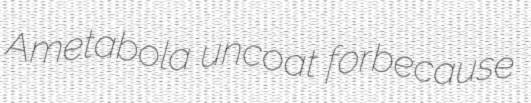
Ametabola uncoat forbecause